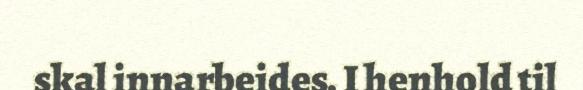
skal innarbeides. I henhold til